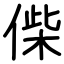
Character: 偨